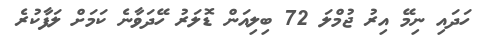
ހަދައި ނިމޭ އިރު ޖުމްލަ 72 ބިލިއަން ޑޮލަރު ހޭދަވާނެ ކަމަށް ލަފާކުރެ